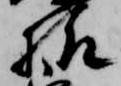
様